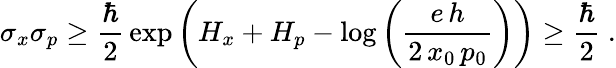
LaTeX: \sigma_{x}\sigma_{p}\geq{\frac{\hbar}{2}}\exp\left(H_{x}+H_{p}-\log\left({\frac{e\, h}{2\, x_{0}\, p_{0}}}\right)\right)\geq{\frac{\hbar}{2}}~.